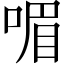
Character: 𠷯